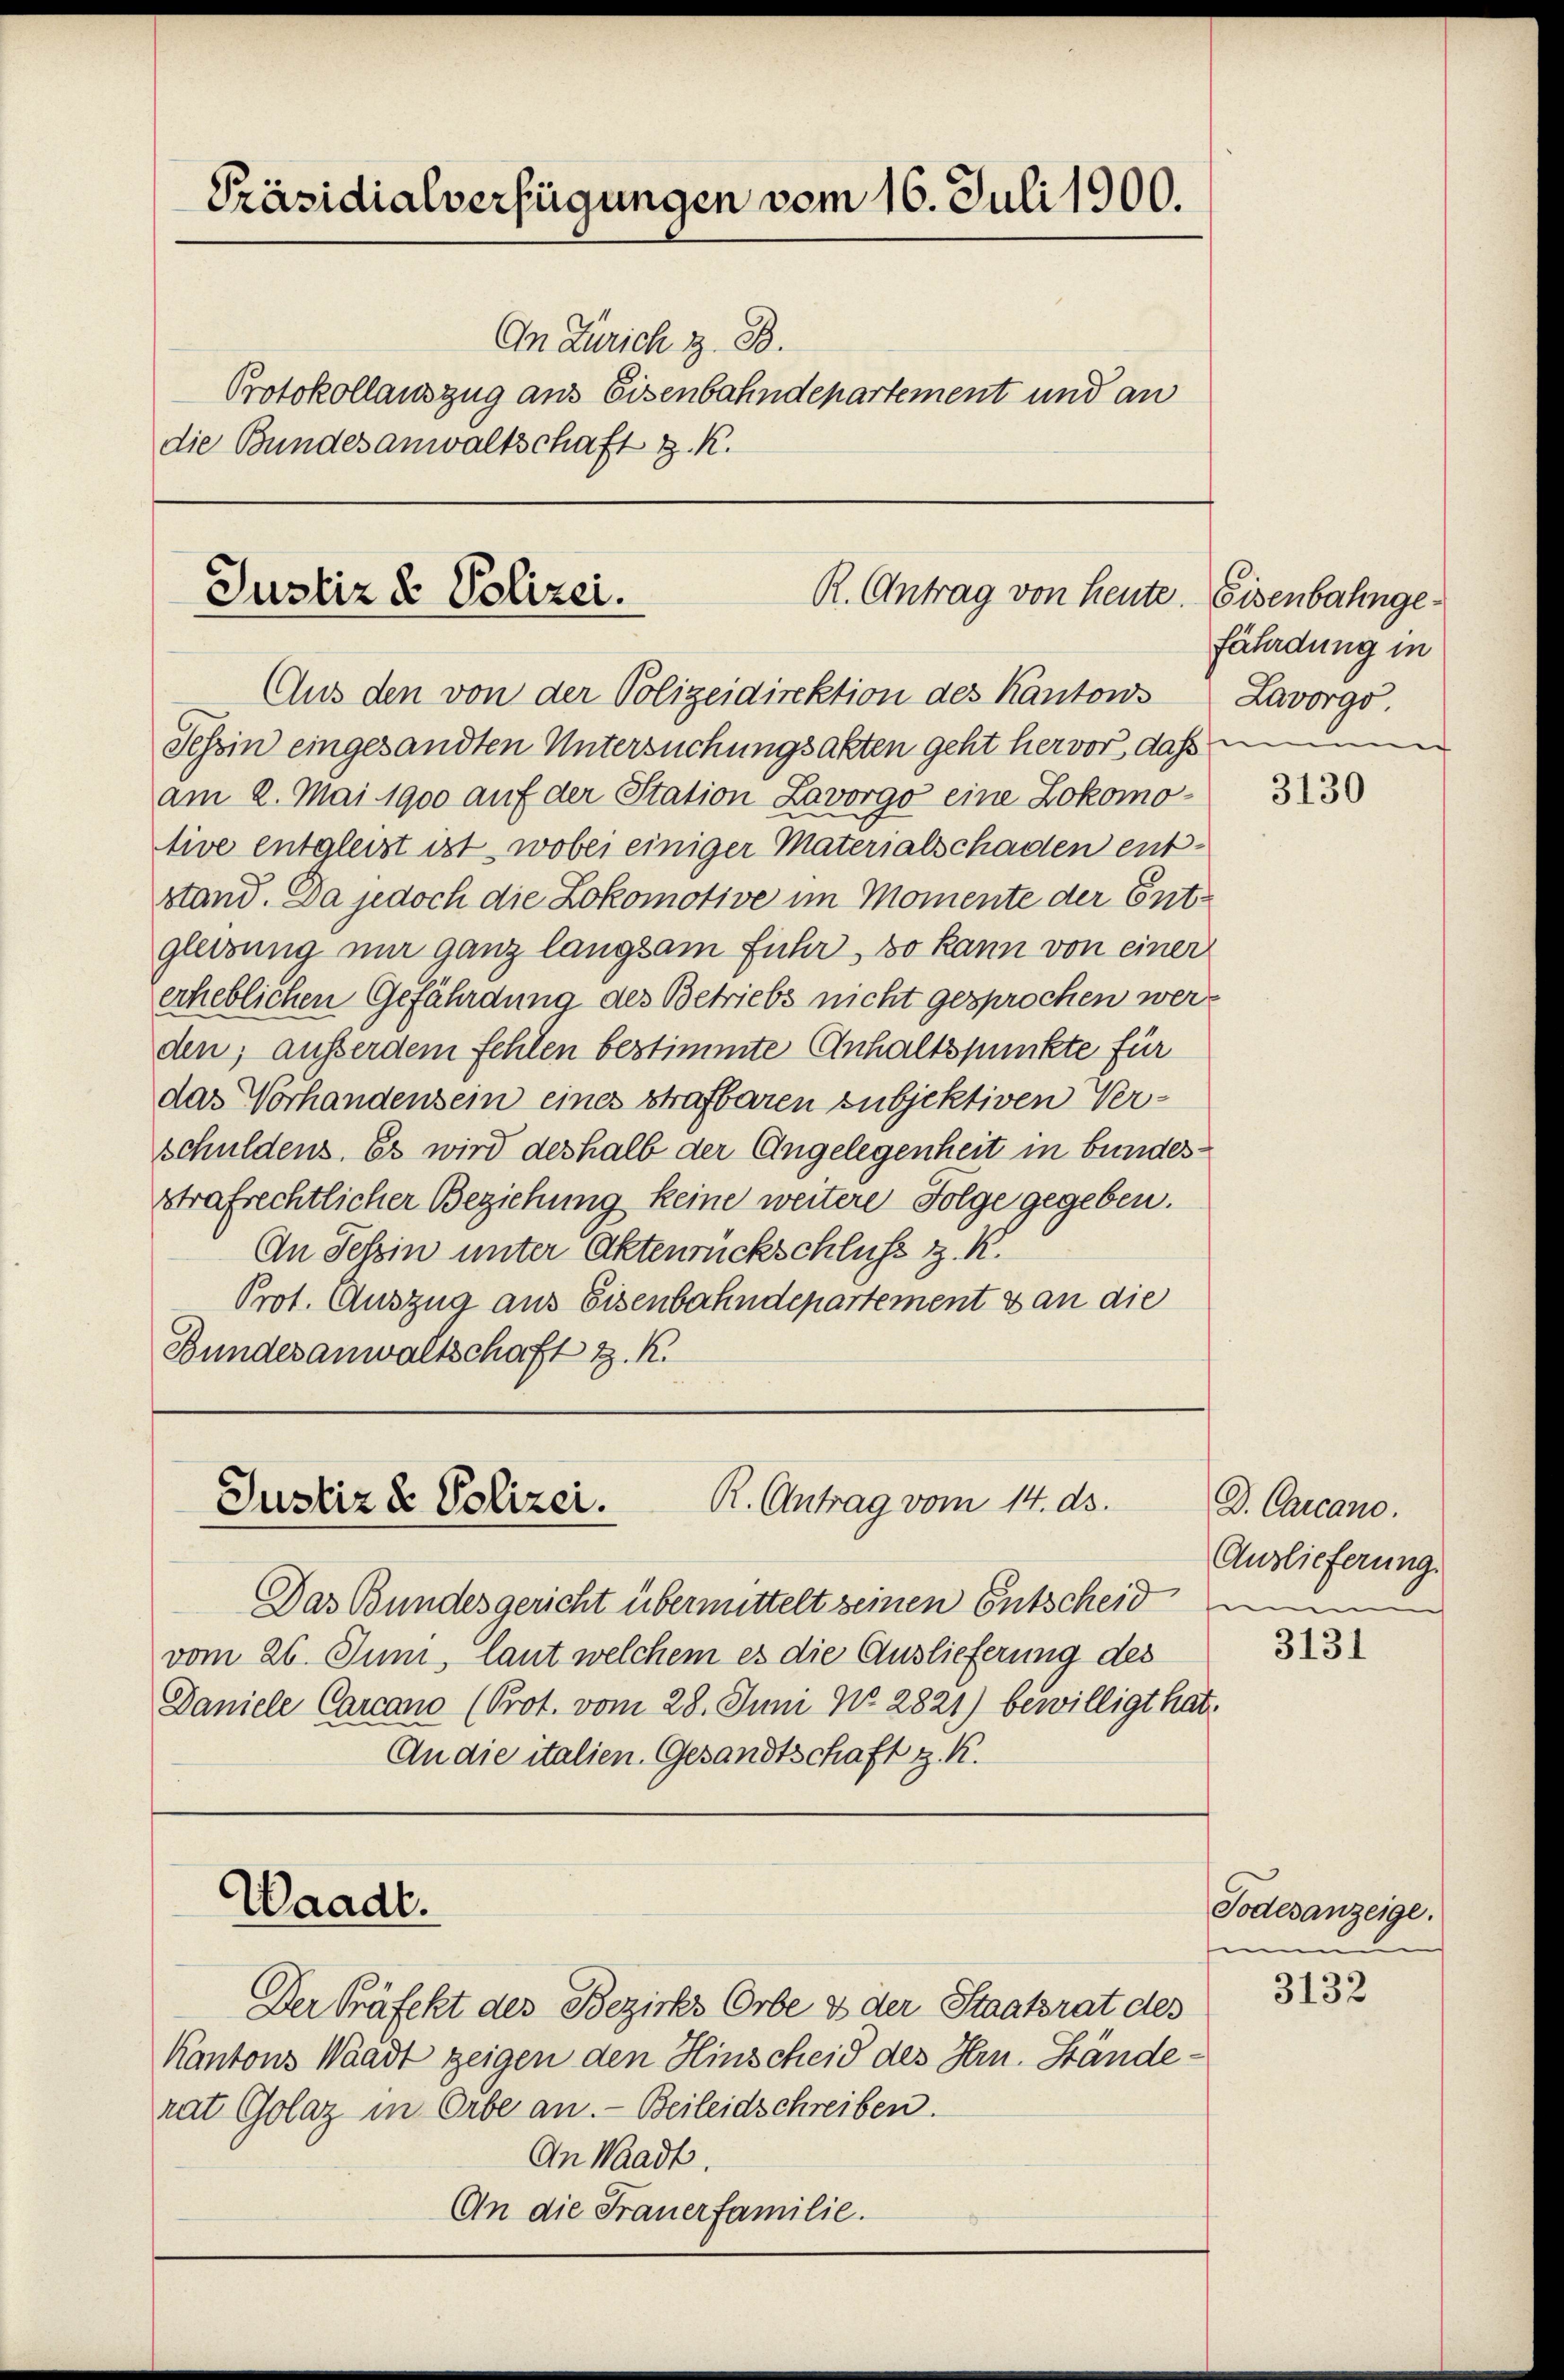
Präsidialverfügungen vom 16. Juli 1900.

An Zürich z. B.
Protokollauszug aus Eisenbahndepartement und an
die Bundesanwaltschaft z. K.

Justiz & Polizei.
R. Antrag von heute.
Aus den von der Polizeidirektion des Kantons

Tessin eingesandten Untersuchungsakten geht hervor, daß meinem
am 2. Mai 1900 auf der Station Lavorgo eine Lokomotive entgleist ist, wobei einiger Materialschaden entstand. Da jedoch die Lokomotive im Momente der Entgletzung mir ganz langsam fuhr, so kann von einer
erheblichen Gefährdung des Betriebs nicht gesprochen werden; ausserdem fehlen bestimmte Anhaltspunkte für
das Vorhandensein eines Strafbaren subjektiven Verschuldens. Es wird deshalb der Angelegenheit in bundesstrafrechtlicher Beziehung keine weitere Folge gegeben.
An Tessin unter Aktenrückschluss z. K.
Prot. Auszug aus Eisenbahndepartement & an die
Bundesanwaltschaft z. R.

R. Antrag vom 14. ds.
Justiz & Polizei.

Waadt.

Das Bundesgericht übermittelt seinen Entscheid ein
vom 26. Juni, laut welchem es die Auslieferung des
Daniele Carcano (Prot. vom 28. Juni No 2821) bewilligt hat.
An die italien. Gesandtschaft z. R.

Der Präfekt des Bezirks Orbe & der Staatsrat des
Kantons Waadt zeigen den Hinscheid des Hrn. Ständerat Golaz in Orbe an. Beileidschreiben.
An Waadt.
An die Frauerfamilie.

Eisenbahngefährdung in
Lavorgo.

3130

D. Carcano.
Auslieferung.

3131

Todesanzeige.
m

3132